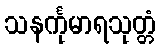
သနင်္ကုမာရသုတ္တံ